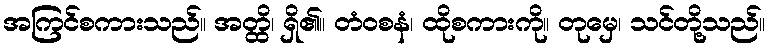
အကြင်စကားသည်။ အတ္ထိ၊ ရှိ၏။ တံဝစနံ၊ ထိုစကားကို။ တုမှေ၊ သင်တို့သည်။